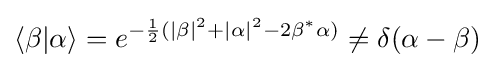
\langle \beta |\alpha \rangle =e^{-{1 \over 2}(|\beta |^{2}+|\alpha |^{2}-2\beta ^{*}\alpha )}\neq \delta (\alpha -\beta )